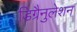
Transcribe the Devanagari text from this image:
डिग्रैनुलेशन